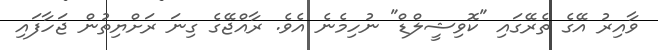
ވާއިރު އޭގެ ތެރޭގައި "ކޮވިޝީލްޑް" ނުހިމެނެ އެވެ. ރާއްޖޭގެ ގިނަ ރަށްޔިތުން ޖަހާފައި